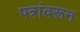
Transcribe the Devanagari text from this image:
पत्रांवरून